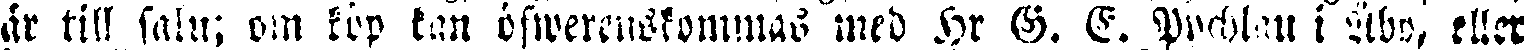
är till salu; om köp kan öfwemiskommas med Hr G. E. Pychlau i Åbo, eller